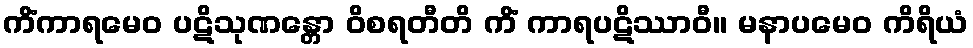
ကိံကာရမေဝ ပဋိသုဏန္တော ဝိစရတီတိ ကိံ ကာရပဋိဿာဝီ။ မနာပမေဝ ကိရိယံ